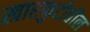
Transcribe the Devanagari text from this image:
खारफुटीतील